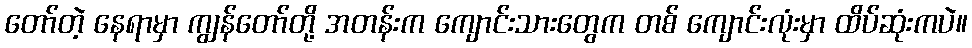
တော်တဲ့ နေရာမှာ ကျွန်တော်တို့ အတန်းက ကျောင်းသားတွေက တစ် ကျောင်းလုံးမှာ ထိပ်ဆုံးကပဲ။